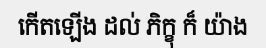
កើតឡើង ដល់ ភិក្ខុ ក៏ យ៉ាង